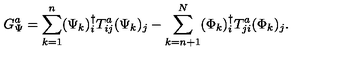
G _ { \Psi } ^ { a } = \sum _ { k = 1 } ^ { n } ( \Psi _ { k } ) _ { i } ^ { \dagger } T _ { i j } ^ { a } ( \Psi _ { k } ) _ { j } - \sum _ { k = n + 1 } ^ { N } ( \Phi _ { k } ) _ { i } ^ { \dagger } T _ { j i } ^ { a } ( \Phi _ { k } ) _ { j } .